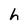
Character: h